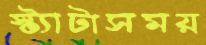
স্ট্যাটাসময়